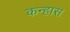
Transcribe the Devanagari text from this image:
कन्हास